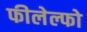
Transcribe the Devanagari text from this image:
फीलेल्फो